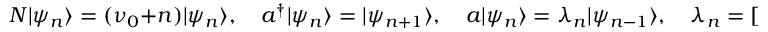
N | \psi _ { n } \rangle = ( \nu _ { 0 } + n ) | \psi _ { n } \rangle , \quad a ^ { \dagger } | \psi _ { n } \rangle = | \psi _ { n + 1 } \rangle , \quad a | \psi _ { n } \rangle = \lambda _ { n } | \psi _ { n - 1 } \rangle , \quad \lambda _ { n } = [ n + \nu _ { 0 } ] _ { q } - [ \nu _ { 0 } ] _ { q }